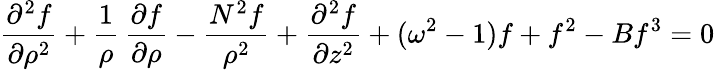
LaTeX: {\frac{\partial^{2}f}{\partial\rho^{2}}}+{\frac{1}{\rho}}\, {\frac{\partial f}{\partial\rho}}-{\frac{N^{2}f}{\rho^{2}}}+{\frac{\partial^{2}f}{\partial z^{2}}}+(\omega^{2}-1)f+f^{2}-Bf^{3}=0